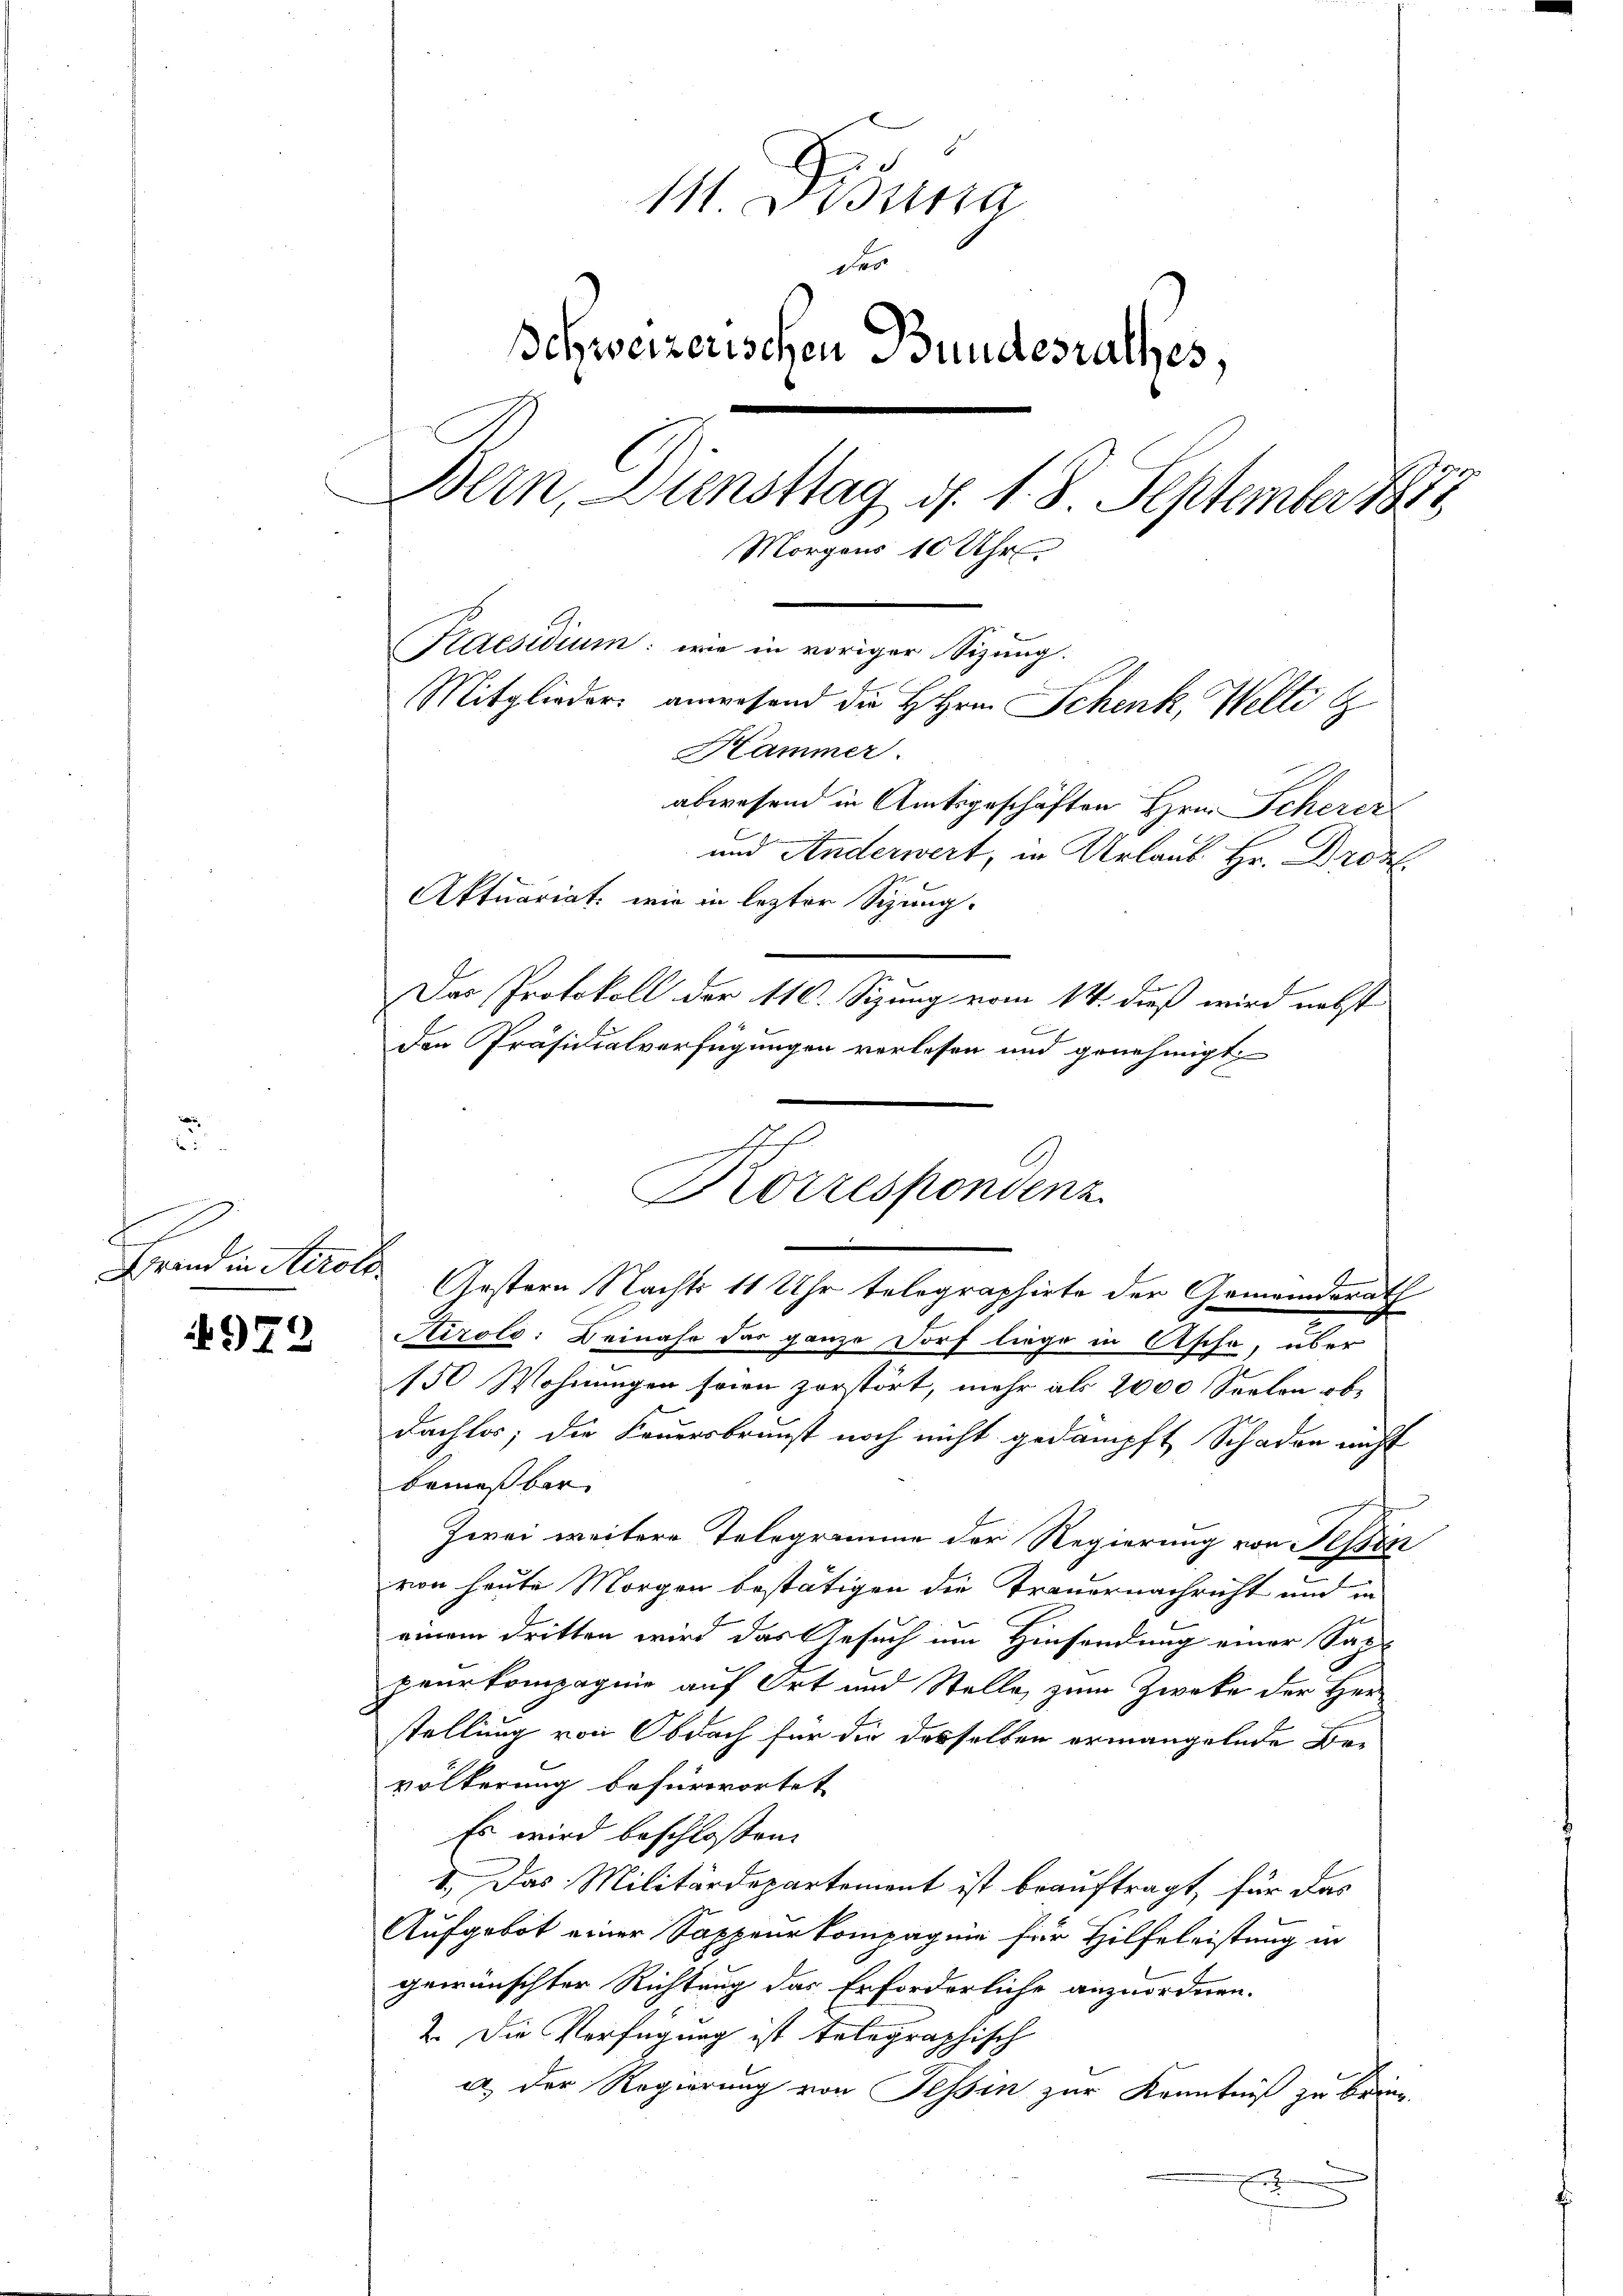
d
Grand in Stirolo

979

111. Disena
der
chweizerischen Bundesrathes,
Bern, Diensttag d. 1. 8. September 181
Morgens 10 Uhr
Kaesidium: wie in voriger Sizung.
Mitglieder anwesend die H. Hrn. Schenk, Welti g
Kammer.

und Anderwert, in Urlaub. Hr. Droz.
Aktuariat, wie in lezter Sizung.
Das Protokoll der 110. Sizung vom 14. dieß wird nebst
den Präsidialverfügungen verlesen und genehmigt
Airole: Beinahe das ganze Dorf liege in Asche, über
150 Wohnungen seien zorstört, mehr als 2000 Seelen ob
dachlos; die Feuersbrunst noch nicht gedämpft Schaden nicht
bemüßbar.
Zwei weitere Telegramme der Regierung von Fessen
von heute Morgen bestätigen die Trauernachricht und in
einem Dritten wird das Gesuch im Hinsendung einer Sap-
peurkompagnie auf Ort und Stelle, zum Zwecke der Her
stellung von Obdach für die desselben ermangelnde Bevölkerung befürwortet
Es wird beschlossen:
1.) Das Militärdepartement ist beauftragt, für das
Aufgebot einer Sappeurkompagnie für Hilfeleistung in
gewünschter Richtung das Erforderliche anzuordnen.
2. Die Verfügung ist telegraphisch
a) Der Regierung von Tessin zur Kenntniß zu bring-
un
2

abwesend in Amtsgeschäften Hrn. Scherer

c
Korrespondenz
Gestern Nachts 11 Uhr telegraphirte der Gemeindsrath